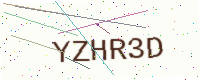
Text: YZHR3D